Leaving Certificate Examination (including Day School Certificate (Higher) General paper), 1930
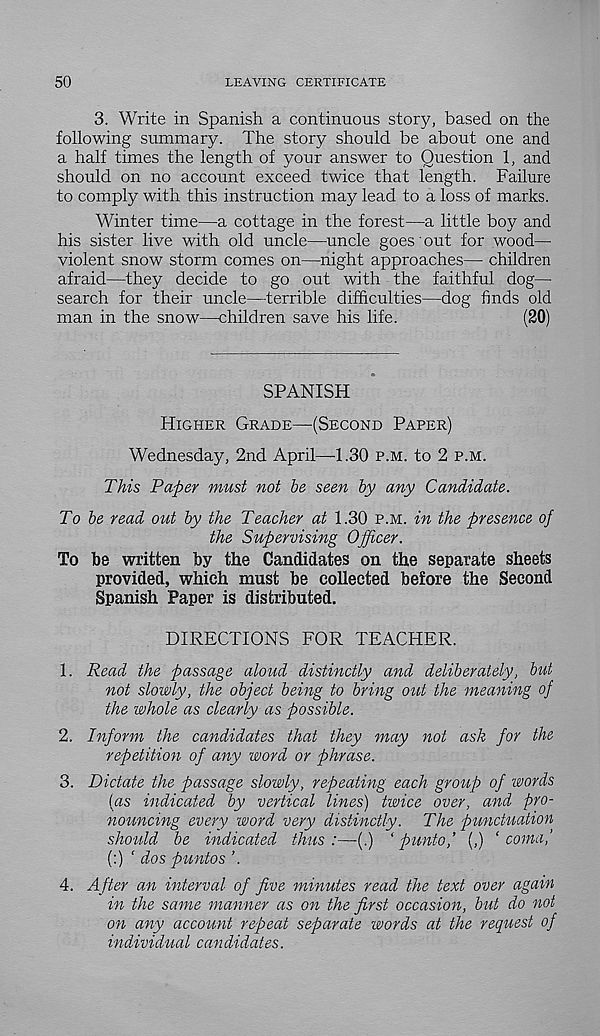
50
LEAVING CERTIFICATE
3. Write in Spanish a continuous story, based on the
following summary. The story should be about one and
a half times the length of your answer to Question 1, and
should on no account exceed twice that length. Failure
to comply with this instruction may lead to a loss of marks.
Winter time—a cottage in the forest—a little boy and
his sister live with old uncle—uncle goes out for wood—
violent snow storm comes on—night approaches— children
afraid—they decide to go out with the faithful dog—
search for their uncle—terrible difficulties—dog finds old
man in the snow—children save his life.
(20)
SPANISH
Higher Grade—(Second Paper)
Wednesday, 2nd April—-1.30 p.m. to 2 p.m.
This Paper must not be seen by any Candidate.
To be read out by the Teacher at 1.30 p.m. in the presence of
the Supervising Officer.
To be written by the Candidates on the separate sheets
provided, which must be collected before the Second
Spanish Paper is distributed.
DIRECTIONS FOR TEACHER.
1. Read the passage aloud distinctly and deliberately, but
not slowly, the object being to bring out the meaning of
the whole as clearly as possible.
2. Inform the candidates that they may not ask for the
repetition of any word or phrase.
3. Dictate the passage slowly, repeating each group of words
{as indicated by vertical lines) twice over, and pro-
nouncing every word very distinctly. The punctuation
should be indicated thus :—(.) ‘ pimtof (,) ‘ coma,’
(:) ' dos puntos ’.
4. After an interval of five minutes read the text over again
in the same manner as on the first occasion, but do not
on any account repeat separate words at the request of
individual can didates.